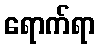
ရောက်ရာ